DOW-UAP-D75, Mission Report, Gulf of Aden, July 2024
Agency: Department of War
Incident date: 7/14/24
Incident location: Gulf of Aden
Page 4
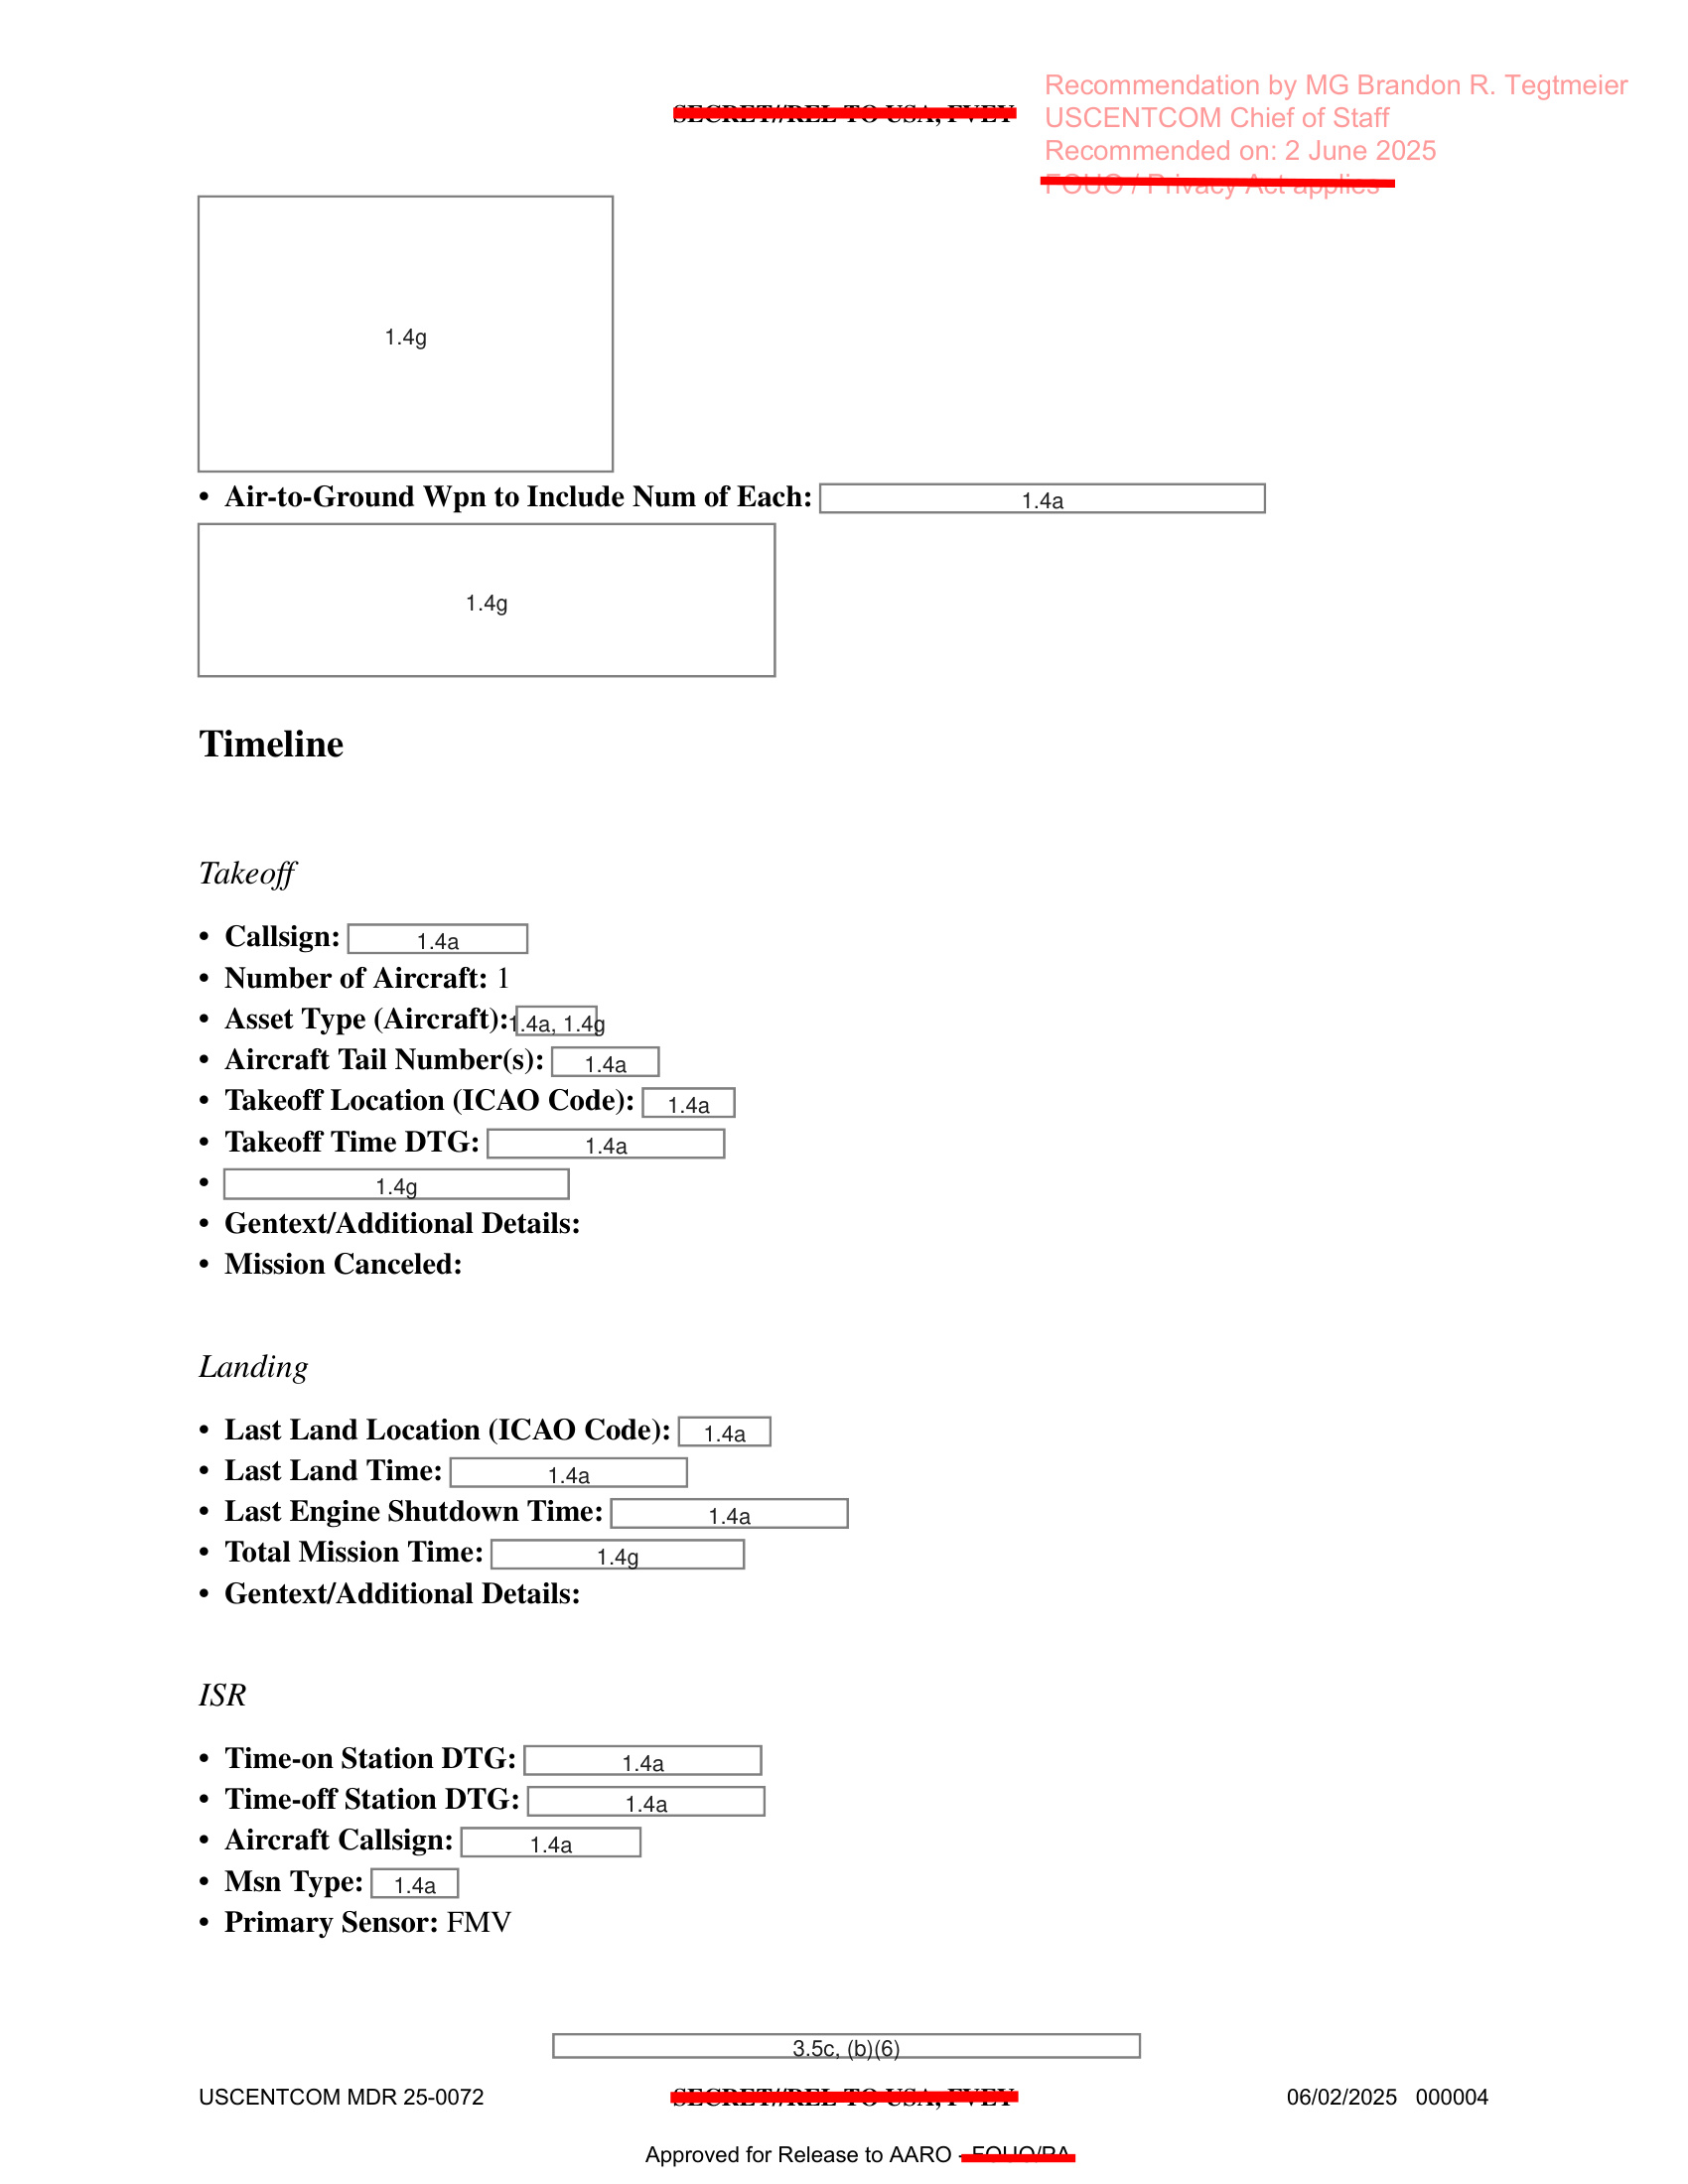